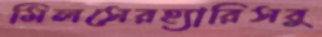
মিলসেরহ্যারিসবু